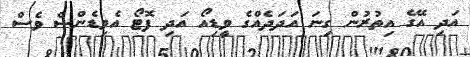
އަދި އޭގެ އިތުރުން ގިނަ އަދަދެއްގެ ވީޑިއޯ އަދި ފޮޓޯ އެވިޑެންސް ވެސް